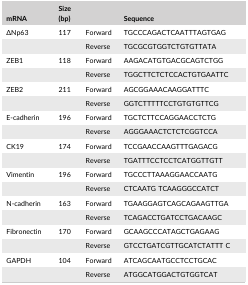
<table><thead><tr><td><b>mRNA</b></td><td><b>Size (bp)</b></td><td></td><td><b>Sequence</b></td></tr></thead><tbody><tr><td>ΔNp63</td><td>117</td><td>Forward</td><td>TGCCCAGACTCAATTTAGTGAG</td></tr><tr><td></td><td></td><td>Reverse</td><td>TGCGCGTGGTCTGTGTTATA</td></tr><tr><td>ZEB1</td><td>118</td><td>Forward</td><td>AAGACATGTGACGCAGTCTGG</td></tr><tr><td></td><td></td><td>Reverse</td><td>TGGCTTCTCTCCACTGTGAATTC</td></tr><tr><td>ZEB2</td><td>211</td><td>Forward</td><td>AGCGGAAACAAGGATTTC</td></tr><tr><td></td><td></td><td>Reverse</td><td>GGTCTTTTTCCTGTGTGTTCG</td></tr><tr><td>E‐cadherin</td><td>196</td><td>Forward</td><td>TGCTCTTCCAGGAACCTCTG</td></tr><tr><td></td><td></td><td>Reverse</td><td>AGGGAAACTCTCTCGGTCCA</td></tr><tr><td>CK19</td><td>174</td><td>Forward</td><td>TCCGAACCAAGTTTGAGACG</td></tr><tr><td></td><td></td><td>Reverse</td><td>TGATTTCCTCCTCATGGTTGTT</td></tr><tr><td>Vimentin</td><td>196</td><td>Forward</td><td>TGCCCTTAAAGGAACCAATG</td></tr><tr><td></td><td></td><td>Reverse</td><td>CTCAATG TCAAGGGCCATCT</td></tr><tr><td>N‐cadherin</td><td>163</td><td>Forward</td><td>TGAAGGAGTCAGCAGAAGTTGA</td></tr><tr><td></td><td></td><td>Reverse</td><td>TCAGACCTGATCCTGACAAGC</td></tr><tr><td>Fibronectin</td><td>170</td><td>Forward</td><td>GCAAGCCCATAGCTGAGAAG</td></tr><tr><td></td><td></td><td>Reverse</td><td>GTCCTGATCGTTGCATCTATTT C</td></tr><tr><td>GAPDH</td><td>104</td><td>Forward</td><td>ATCAGCAATGCCTCCTGCAC</td></tr><tr><td></td><td></td><td>Reverse</td><td>ATGGCATGGACTGTGGTCAT</td></tr></tbody></table>